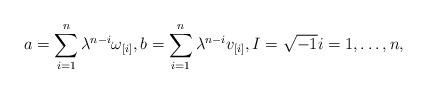
LaTeX: \begin{align*}a=\sum_{i=1}^n\lambda^{n-i}\omega_{[i]}, b=\sum_{i=1}^n\lambda^{n-i}v_{[i]},I=\sqrt{-1}i=1,\dots,n, \end{align*}